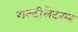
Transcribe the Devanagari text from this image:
मल्टीलेटरल